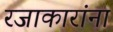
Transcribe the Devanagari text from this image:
रजाकारांना